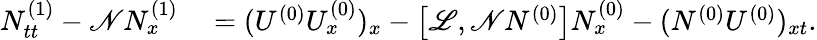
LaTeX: \begin{array}{rl}{N_{tt}^{(1)}-\mathscr{N}N_{x}^{(1)}}&{{}=(U^{(0)}U_{x}^{(0)})_{x}-\left[\mathscr{L},\mathscr{N}N^{(0)}\right]N_{x}^{(0)}-(N^{(0)}U^{(0)})_{xt}.}\end{array}